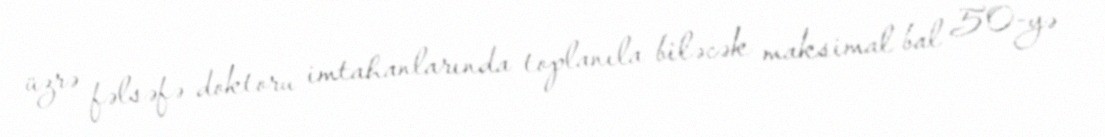
üzrə fəlsəfə doktoru imtahanlarında toplanıla biləcək maksimal bal 50-yə